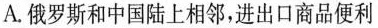
A.俄罗斯和中国陆上相邻，进出口商品便利